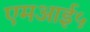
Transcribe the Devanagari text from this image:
एमआई५